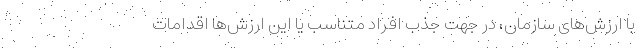
با ارزش‌های سازمان، در جهت جذب افراد متناسب یا این ارزش‌ها اقدامات